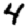
Digit: 4